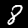
Digit: 8